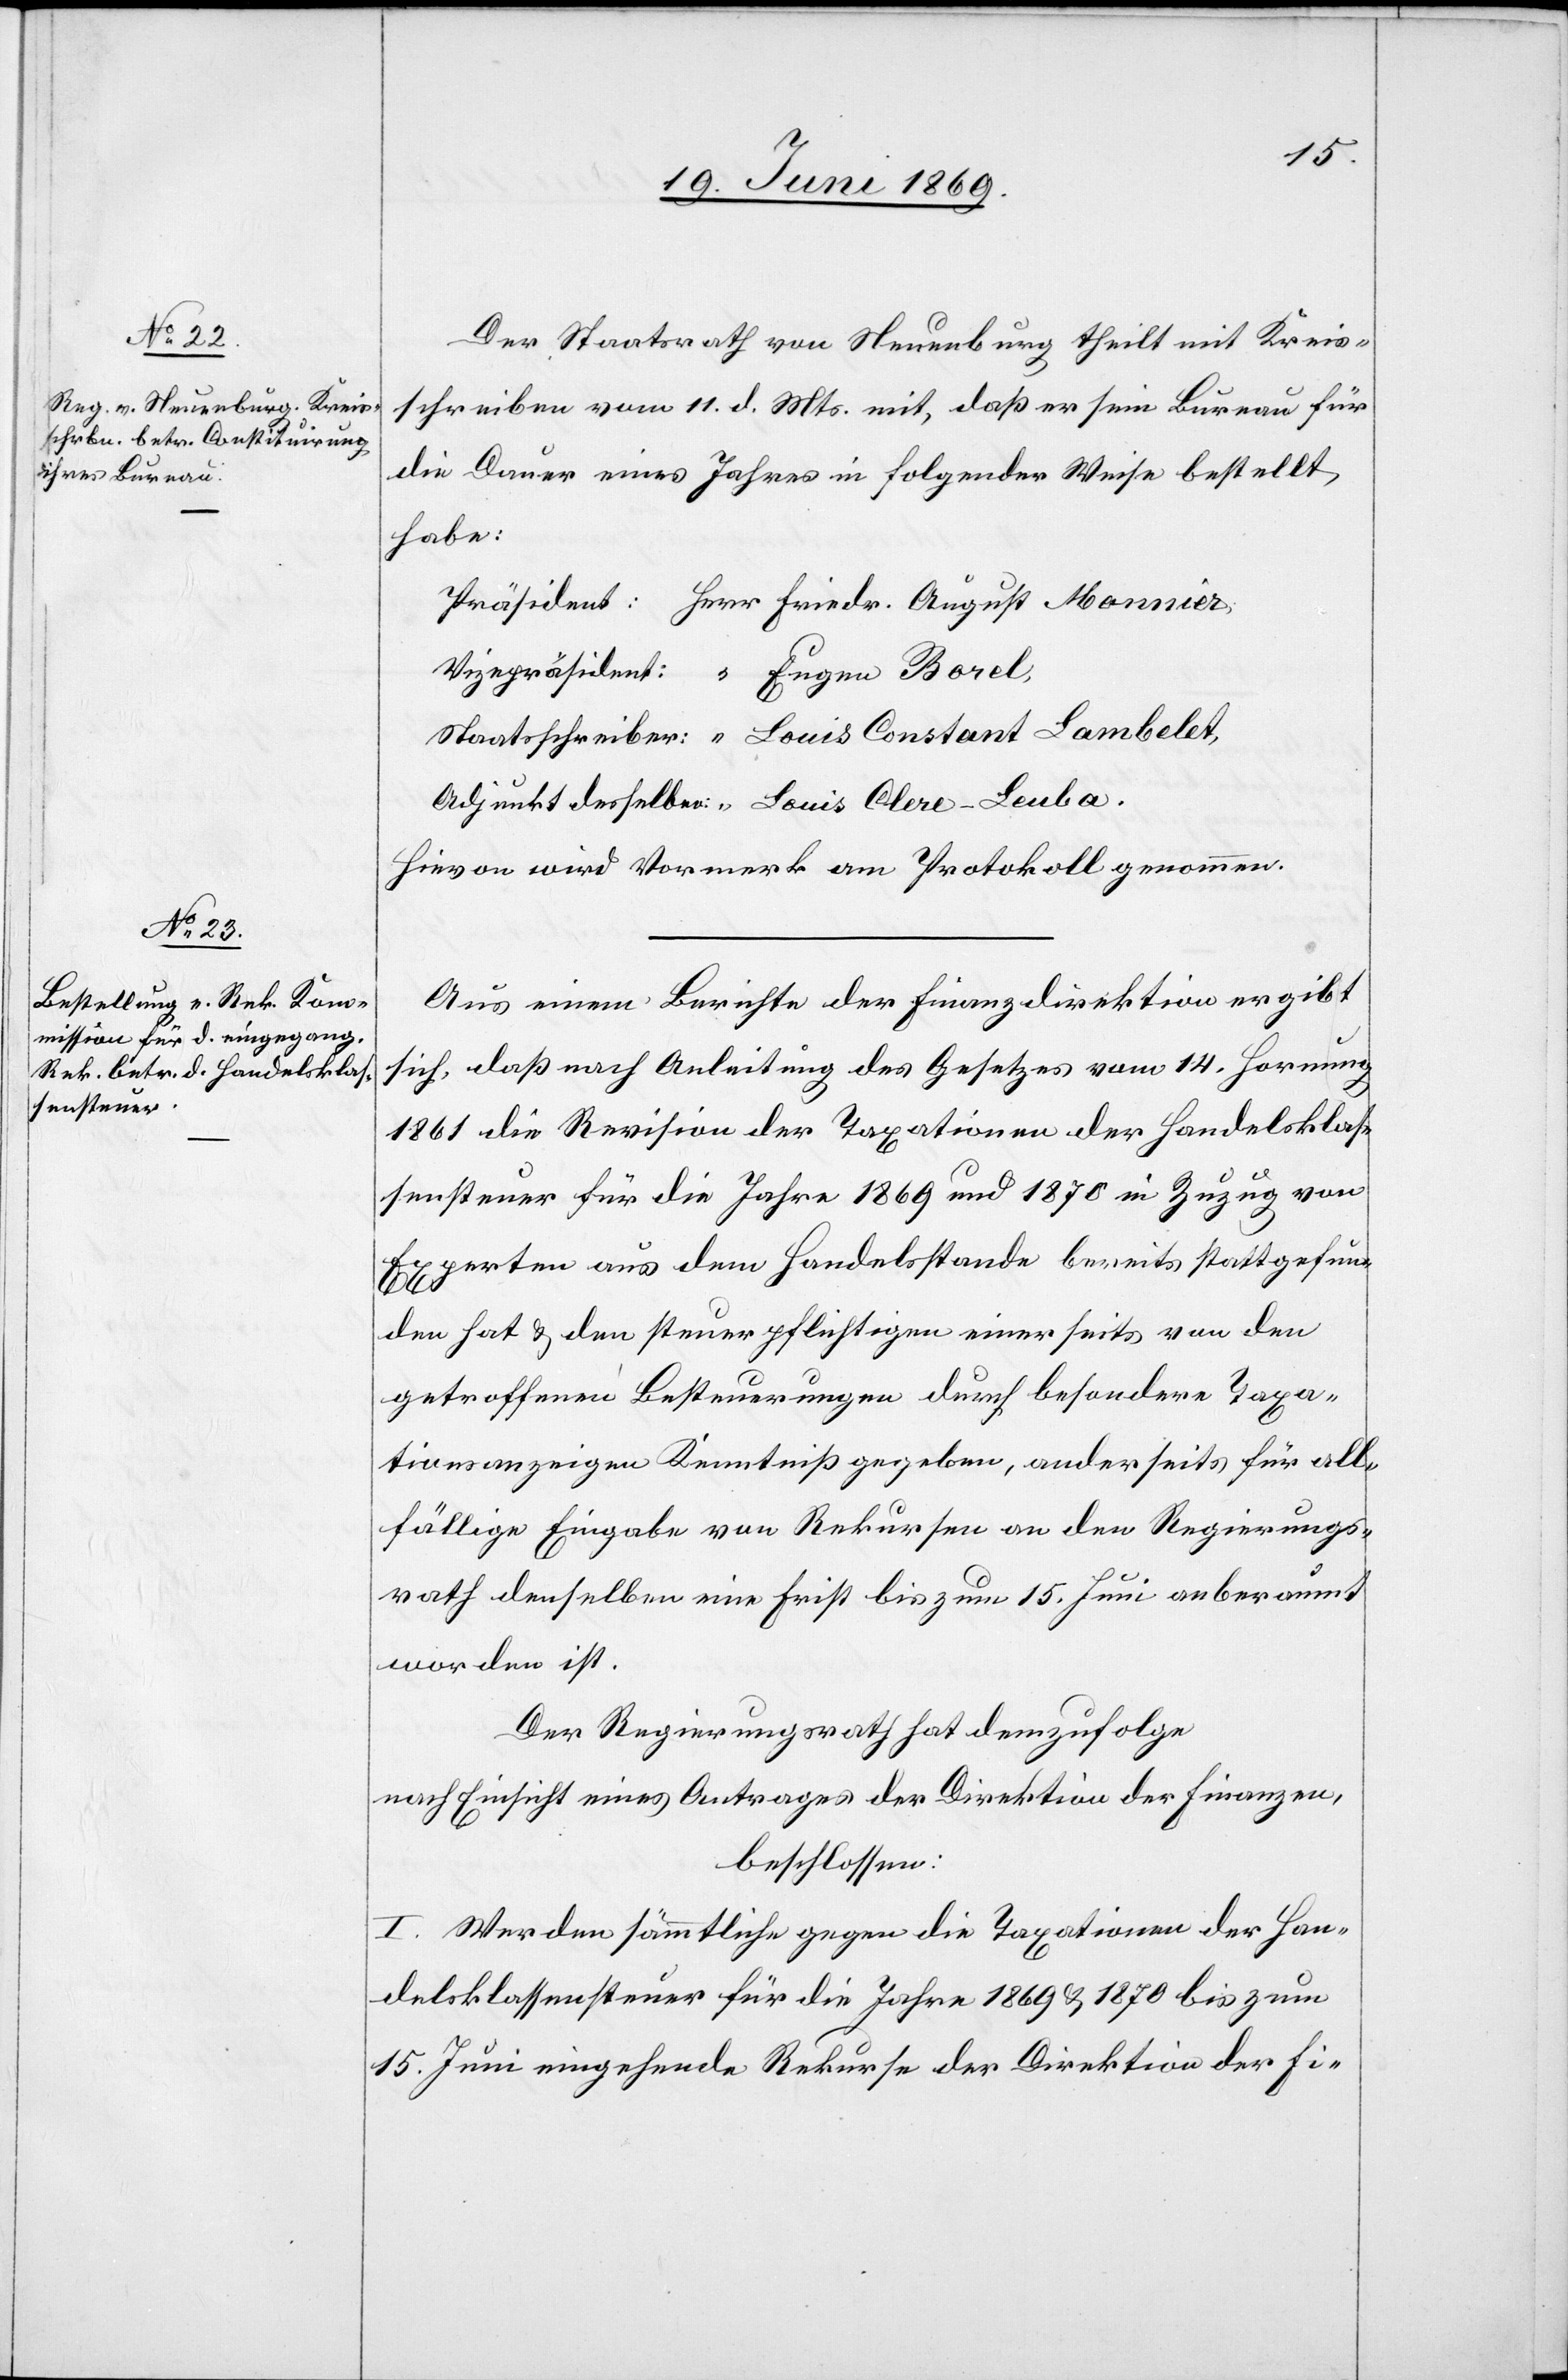
Der Staatsrath von Neuenburg theilt mit Kreis¬
schreiben vom 11. d. Mts. mit, daß er sein Bureau für
die Dauer eines Jahres in folgender Weise bestellt
habe:
Präsident: 		Herr Friedr. August Monnier.
Vicepräsident: 	“	 Eugen Borel,
Staatsschreiber:	“	 Louis Constant Lambelet,
Adjunkt desselben. “	 Louis Clere-Leuba.
Hievon wird Vormerk am Protokoll genommen.
Aus einem Berichte der Finanzdirektion ergibt
sich, daß nach Anleitung des Gesetzes vom 14 Hornung
1861 die Revision der Taxationen der Handelsklas¬
sensteuer für die Jahre 1869 und 1870 in Zuzug von
Experten aus dem Handelsstabe bereits stattgefun¬
den hat u. den steuerpflichtigen einerseits von den
getroffenen Besteuerungen durch besondere Taxa¬
tionsanzeigen Kenntniß gegeben, anderseits für all¬
fällige Eingabe von Rekursen an den Regierungs¬
rath denselben eine Frist bis zum 15 Juni anberaumt
worden ist.
Der Regierungsrath hat demzufolge,
nach Einsicht eines Antrages der Direktion der Finanzen,
beschlossen:
I. Werden sämmtlichen gegen die Taxationen der Han¬
delsklassensteuer für die Jahre 1869 u. 1870 bis zum
15 Juni eingehende Rekurse der Direktion der Fi-